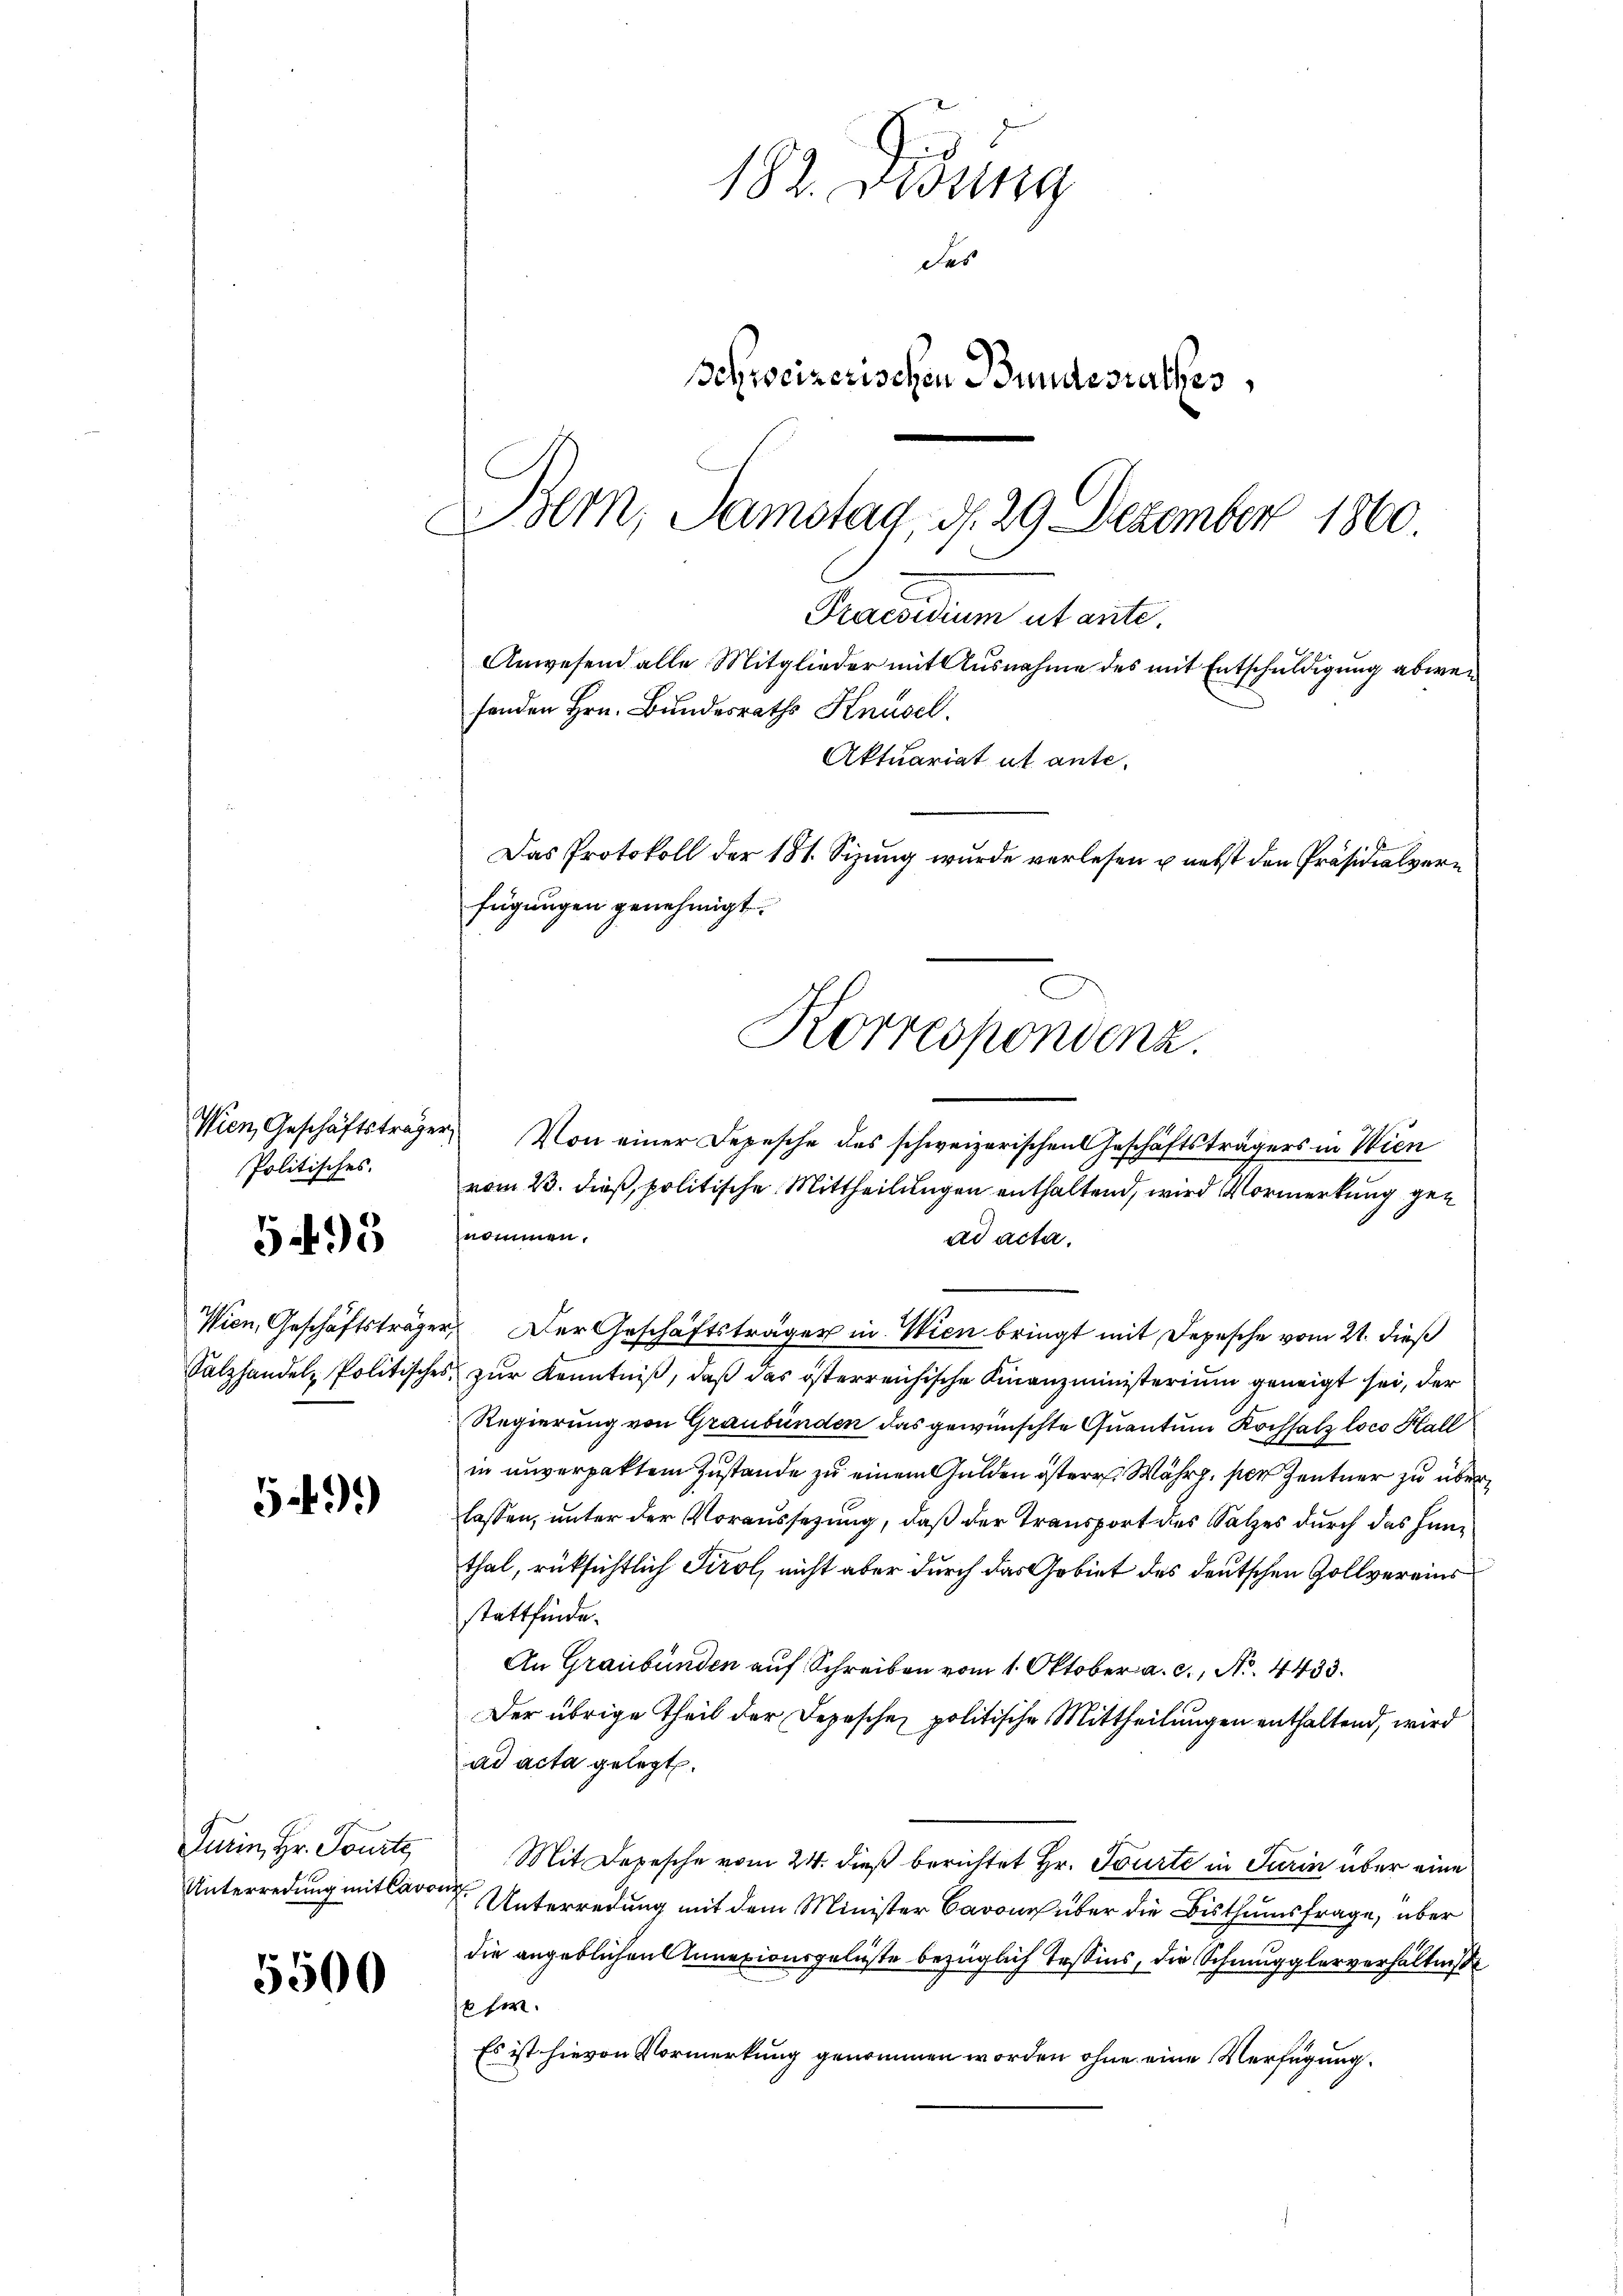
Wien, Geschäftsträger,
Politisches.

595

59.)

Turin, Hr. Tourte,
Unterredung mit Caron

5500

fügungen genehmigt.
Korrespondenz.

Von einer Depesche des schweizerischen Geschäftsträgers in Wien
vom 23. dieß, politische Mittheilungen enthaltend, wird Vormerkung genommen.
ad acta.
Wien, Geschäftsträger, Der Geschäftsträger in Wien bringt mit Depesche vom 21. dieß
Salzhandel, Politisches zur Kenntniß, daß das österreichische Finanzministerium geneigt sei, der
Regierung von Graubünden das gewünschte Quantum Kochsatz loco Hall
in unverpaktem Zustande zu einem Gulden österr. Währ. per Zentner zu überlassen, unter der Voraussetzung, daß der Transport des Satzes durch das Hanthal, rüksichtlich Tirol, nicht aber durch das Gebiet des deutschen Zollvereins
stattfinde.
An Graubünden auf Schreiben vom 1. Oktober a. c., N. 4433.
Der übrige Theil der Depeschen politische Mittheilungen enthaltend, wird
ad acta gelegt.
Mit Depesche vom 24. dieß berichtet Hr. Tourte in Turin über eine
Unterredung mit dem Minister Baron über die Bisthumsfrage, über
die angeblichen Annexionsgelüste bezüglich Tessins, die Schmugglerverhältniße
6 her.
Es ist hievon Vormerkung genommen worden ohne eine Verfügung.

182. Didung
des
Schweizerischen Bundesrathes,
Bem, Samstag, d. 29. Dezember 1860.
Praesidium ut ante.
Anwesend alle Mitglieder mit Ausnahme des mit Entschuldigung abwefenden Hrn. Bundesraths Knüsel.
Aktuariat ut ante-
Das Protokoll der 181. Sizung wurde verlesen u. nebst den Präsidialver¬